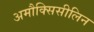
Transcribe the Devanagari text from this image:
अमौक्सिसीलिन